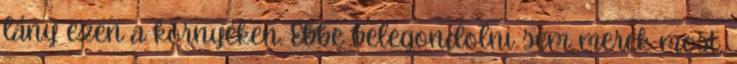
lány ezen a környéken. Ebbe belegondolni sem merek most,